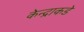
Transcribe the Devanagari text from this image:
केन्द्राकडे